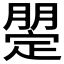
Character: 𣎡